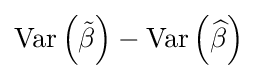
\operatorname {Var} \left({\tilde {\beta }}\right)-\operatorname {Var} \left({\widehat {\beta }}\right)